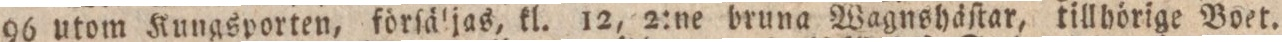
96 utom Kungsporten, förſäljas, kl. 12, 2:ne bruna Wagnshäſtar, tillhörige Boet.